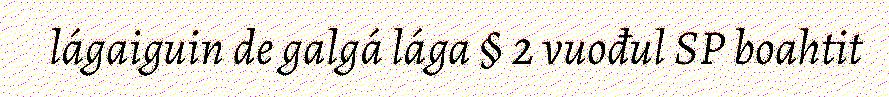
lágaiguin de galgá lága § 2 vuođul SP boahtit